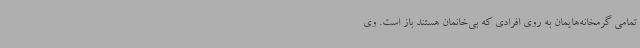
تمامی گرمخانه‌هایمان به روی افرادی که بی‌خانمان هستند باز است. وی